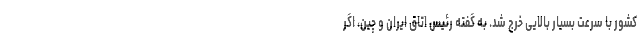
کشور با سرعت بسیار بالایی خرج شد. به گفته رئیس اتاق ایران و چین، اگر